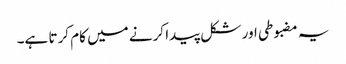
یہ مضبوطی اور شکل پیدا کرنے میں کام کرتا ہے۔